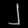
Digit: ၂